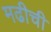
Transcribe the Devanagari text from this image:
मढीची